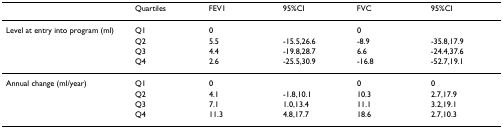
|  | Quartiles | FEV1 | 95%CI | FVC | 95%CI |
 | --- | --- | --- | --- | --- | --- |
 | Level at entry into program (ml) | Q1 | 0 |  | 0 |  |
 |  | Q2 | 5.5 | -15.5,26.6 | -8.9 | -35.8,17.9 |
 |  | Q3 | 4.4 | -19.8,28.7 | 6.6 | -24.4,37.6 |
 |  | Q4 | 2.6 | -25.5,30.9 | -16.8 | -52.7,19.1 |
 | Annual change (ml/year) | Q1 | 0 |  | 0 | 0 |
 |  | Q2 | 4.1 | -1.8,10.1 | 10.3 | 2.7,17.9 |
 |  | Q3 | 7.1 | 1.0,13.4 | 11.1 | 3.2,19.1 |
 |  | Q4 | 11.3 | 4.8,17.7 | 18.6 | 2.7,10.3 |